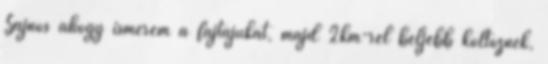
Sajnos ahogy ismerem a fajtájukat, majd 2km-rel beljebb költöznek,